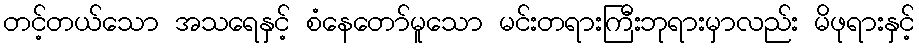
တင့်တယ်သော အသရေနှင့် စံနေတော်မူသော မင်းတရားကြီးဘုရားမှာလည်း မိဖုရားနှင့်